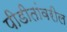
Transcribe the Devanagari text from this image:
पीडीतांवरील